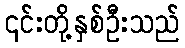
၎င်းတို့နှစ်ဦးသည်